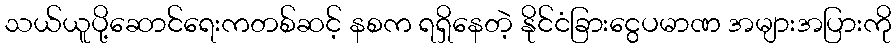
သယ်ယူပို့ဆောင်ရေးကတစ်ဆင့် နစက ရရှိနေတဲ့ နိုင်ငံခြားငွေပမာဏ အများအပြားကို